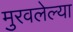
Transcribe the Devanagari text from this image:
मुरवलेल्या